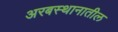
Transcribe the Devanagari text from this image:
अरबस्थानातील